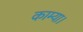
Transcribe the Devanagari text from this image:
काम्या।